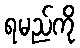
ရမည်ကို